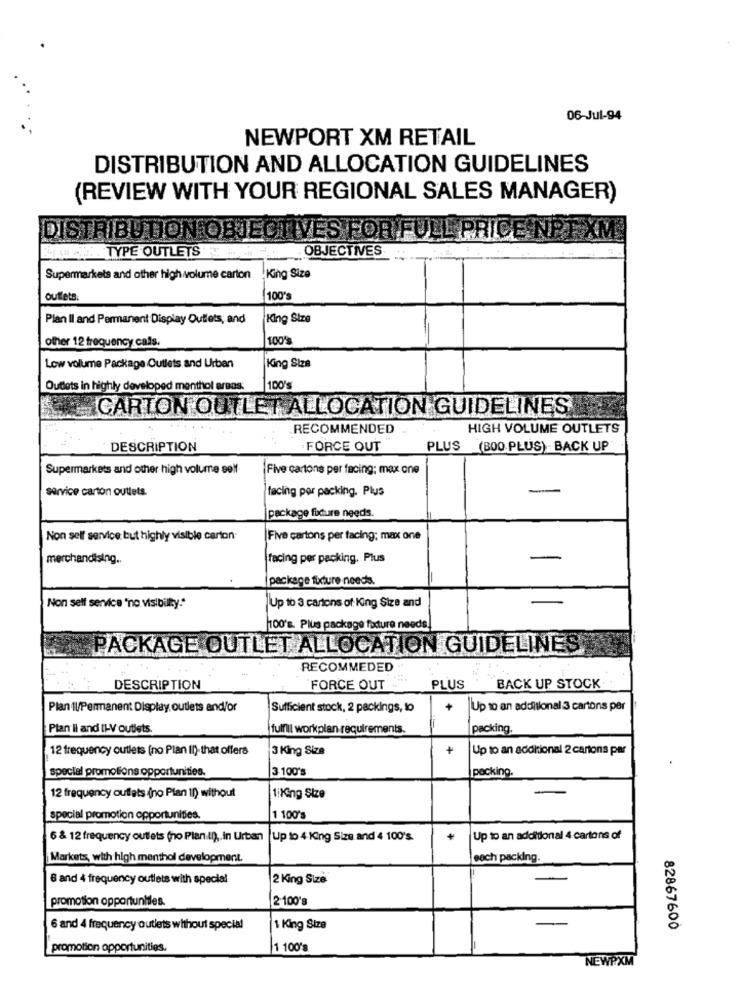
06-Jul-94
NEWPORT XM RETAIL
DISTRIBUTION AND ALLOCATION GUIDELINES
(REVIEW WITH YOUR REGIONAL SALES MANAGER)
DISTRIBUTION OBJEC
IVES FOR FUL
L ( TYPE OUTLETS
OBJECTIVES
Supermarkets and other high volume carton
King Size
outlets.
(100's
Plan II and Permanent Display Outlets; and
King Size
other 12 frequency cals.
100'S
Low volume Package Cutlets and Urban
King Size
Outlets in highly developed menthol areos:
|100's
CARTON OUTLET ALLOCATION GUIDELINES
RECOMMENDED
HIGH VOLUME OUTLETS
DESCRIPTION
FORCE OUT
PLUS
(BOO PLUS) - BACK UP
Supermarkets and other high volume self
Five cartons per facing; max one
service carton outlets.
facing por packing. Plus
-
package fixture needs.
Non self service but highly visible carton
|Five cartons per facing; max one
merchandising ..
facing per packing. Plus
-
package fixture needs.
Non self service "no visibility."
Up to 3 cartons of King Size and
100's. Plus package facture needs
PACKAGE OUTLET ALLOCATION GUIDELINES
RECOMMEDED
DESCRIPTION
FORCE OUT
PLUS
BACK UP STOCK
Plan Il/Permanent Display outlets and/or
Sufficient stock, 2 packings, to
+
Up to an additional 3 cartons per
Plan Ii and I1-V outlets.
fulni workplan requirements.
packing.
12 frequency outlets (no Plan II)- that offers
3 King Size
+
Up to an additional 2 cartons par
special promotions opportunities.
3 100's
packing.
12 frequency outlets (no Plan 10) without
1iKing Size
-
special promotion opportunities.
1 1001
6 & 12 frequency outlets (ho Plan ID), In Urban |Up to 4 King Size and 4 100's.
+
Up to an additional 4 cartons of
Markets, with high menthol development.
each packing.
8 and 4 frequency outlets with special
2 King Size
promotion opportunities.
2-100's
6 and 4 frequency outlets without special
1 King Size
82867600
promotion opportunities.
1 100's
NEWPXM